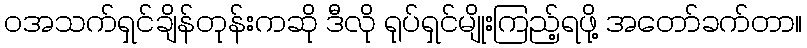
ဝအသက်ရှင်ချိန်တုန်းကဆို ဒီလို ရုပ်ရှင်မျိုးကြည့်ရဖို့ အတော်ခက်တာ။